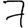
Digit: 7